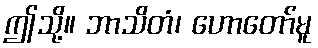
ဤသို့။ ဘာသိတံ၊ ဟောတော်မူ